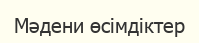
Мәдени өсімдіктер